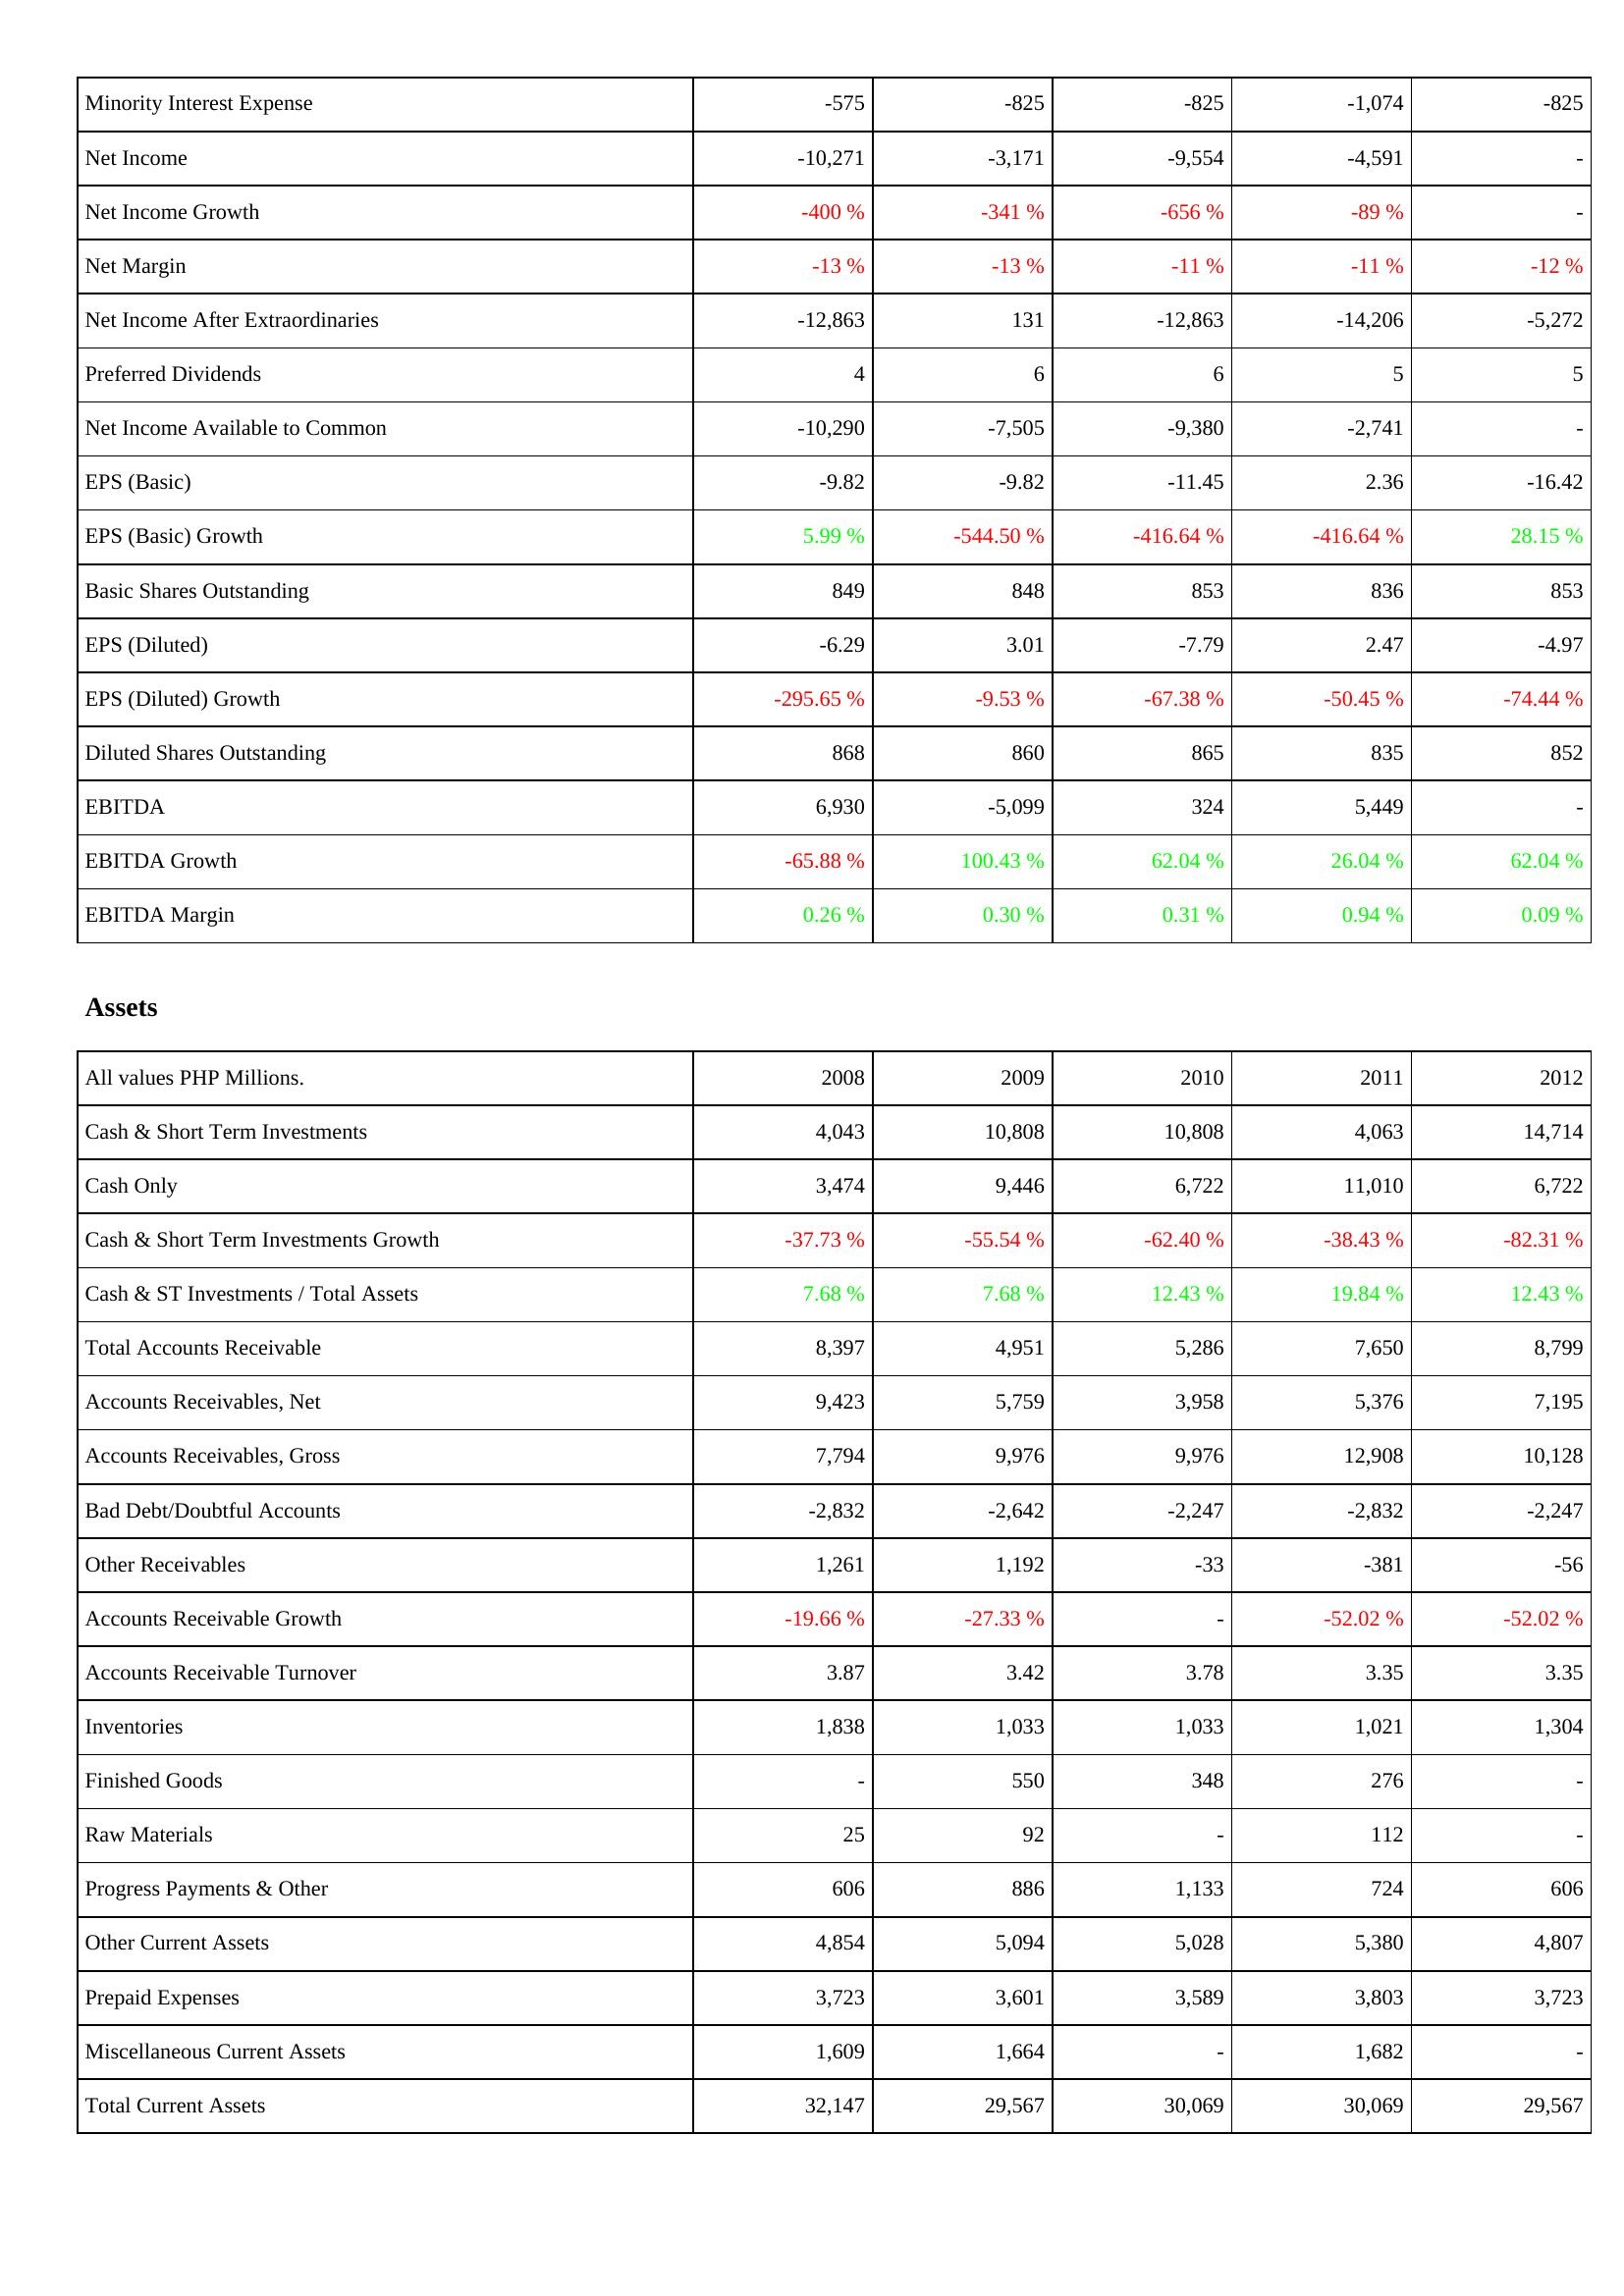
2008: Income Statement: Minority Interest Expense: -575
Net Income: -10,271
Net Income Growth: -400 %
Net Margin: -13 %
Net Income After Extraordinaries: -12,863
Preferred Dividends: 4
Net Income Available to Common: -10,290
EPS (Basic): -9.82
EPS (Basic) Growth: 5.99 %
Basic Shares Outstanding: 849
EPS (Diluted): -6.29
EPS (Diluted) Growth: -295.65 %
Diluted Shares Outstanding: 868
EBITDA: 6,930
EBITDA Growth: -65.88 %
EBITDA Margin: 0.26 %
Assets: Cash & Short Term Investments: 4,043
Cash Only: 3,474
Cash & Short Term Investments Growth: -37.73 %
Cash & ST Investments / Total Assets: 7.68 %
Total Accounts Receivable: 8,397
Accounts Receivables, Net: 9,423
Accounts Receivables, Gross: 7,794
Bad Debt/Doubtful Accounts: -2,832
Other Receivables: 1,261
Accounts Receivable Growth: -19.66 %
Accounts Receivable Turnover: 3.87
Inventories: 1,838
Finished Goods: -
Raw Materials: 25
Progress Payments & Other: 606
Other Current Assets: 4,854
Prepaid Expenses: 3,723
Miscellaneous Current Assets: 1,609
Total Current Assets: 32,147
2009: Income Statement: Minority Interest Expense: -825
Net Income: -3,171
Net Income Growth: -341 %
Net Margin: -13 %
Net Income After Extraordinaries: 131
Preferred Dividends: 6
Net Income Available to Common: -7,505
EPS (Basic): -9.82
EPS (Basic) Growth: -544.50 %
Basic Shares Outstanding: 848
EPS (Diluted): 3.01
EPS (Diluted) Growth: -9.53 %
Diluted Shares Outstanding: 860
EBITDA: -5,099
EBITDA Growth: 100.43 %
EBITDA Margin: 0.30 %
Assets: Cash & Short Term Investments: 10,808
Cash Only: 9,446
Cash & Short Term Investments Growth: -55.54 %
Cash & ST Investments / Total Assets: 7.68 %
Total Accounts Receivable: 4,951
Accounts Receivables, Net: 5,759
Accounts Receivables, Gross: 9,976
Bad Debt/Doubtful Accounts: -2,642
Other Receivables: 1,192
Accounts Receivable Growth: -27.33 %
Accounts Receivable Turnover: 3.42
Inventories: 1,033
Finished Goods: 550
Raw Materials: 92
Progress Payments & Other: 886
Other Current Assets: 5,094
Prepaid Expenses: 3,601
Miscellaneous Current Assets: 1,664
Total Current Assets: 29,567
2010: Income Statement: Minority Interest Expense: -825
Net Income: -9,554
Net Income Growth: -656 %
Net Margin: -11 %
Net Income After Extraordinaries: -12,863
Preferred Dividends: 6
Net Income Available to Common: -9,380
EPS (Basic): -11.45
EPS (Basic) Growth: -416.64 %
Basic Shares Outstanding: 853
EPS (Diluted): -7.79
EPS (Diluted) Growth: -67.38 %
Diluted Shares Outstanding: 865
EBITDA: 324
EBITDA Growth: 62.04 %
EBITDA Margin: 0.31 %
Assets: Cash & Short Term Investments: 10,808
Cash Only: 6,722
Cash & Short Term Investments Growth: -62.40 %
Cash & ST Investments / Total Assets: 12.43 %
Total Accounts Receivable: 5,286
Accounts Receivables, Net: 3,958
Accounts Receivables, Gross: 9,976
Bad Debt/Doubtful Accounts: -2,247
Other Receivables: -33
Accounts Receivable Growth: -
Accounts Receivable Turnover: 3.78
Inventories: 1,033
Finished Goods: 348
Raw Materials: -
Progress Payments & Other: 1,133
Other Current Assets: 5,028
Prepaid Expenses: 3,589
Miscellaneous Current Assets: -
Total Current Assets: 30,069
2011: Income Statement: Minority Interest Expense: -1,074
Net Income: -4,591
Net Income Growth: -89 %
Net Margin: -11 %
Net Income After Extraordinaries: -14,206
Preferred Dividends: 5
Net Income Available to Common: -2,741
EPS (Basic): 2.36
EPS (Basic) Growth: -416.64 %
Basic Shares Outstanding: 836
EPS (Diluted): 2.47
EPS (Diluted) Growth: -50.45 %
Diluted Shares Outstanding: 835
EBITDA: 5,449
EBITDA Growth: 26.04 %
EBITDA Margin: 0.94 %
Assets: Cash & Short Term Investments: 4,063
Cash Only: 11,010
Cash & Short Term Investments Growth: -38.43 %
Cash & ST Investments / Total Assets: 19.84 %
Total Accounts Receivable: 7,650
Accounts Receivables, Net: 5,376
Accounts Receivables, Gross: 12,908
Bad Debt/Doubtful Accounts: -2,832
Other Receivables: -381
Accounts Receivable Growth: -52.02 %
Accounts Receivable Turnover: 3.35
Inventories: 1,021
Finished Goods: 276
Raw Materials: 112
Progress Payments & Other: 724
Other Current Assets: 5,380
Prepaid Expenses: 3,803
Miscellaneous Current Assets: 1,682
Total Current Assets: 30,069
2012: Income Statement: Minority Interest Expense: -825
Net Income: -
Net Income Growth: -
Net Margin: -12 %
Net Income After Extraordinaries: -5,272
Preferred Dividends: 5
Net Income Available to Common: -
EPS (Basic): -16.42
EPS (Basic) Growth: 28.15 %
Basic Shares Outstanding: 853
EPS (Diluted): -4.97
EPS (Diluted) Growth: -74.44 %
Diluted Shares Outstanding: 852
EBITDA: -
EBITDA Growth: 62.04 %
EBITDA Margin: 0.09 %
Assets: Cash & Short Term Investments: 14,714
Cash Only: 6,722
Cash & Short Term Investments Growth: -82.31 %
Cash & ST Investments / Total Assets: 12.43 %
Total Accounts Receivable: 8,799
Accounts Receivables, Net: 7,195
Accounts Receivables, Gross: 10,128
Bad Debt/Doubtful Accounts: -2,247
Other Receivables: -56
Accounts Receivable Growth: -52.02 %
Accounts Receivable Turnover: 3.35
Inventories: 1,304
Finished Goods: -
Raw Materials: -
Progress Payments & Other: 606
Other Current Assets: 4,807
Prepaid Expenses: 3,723
Miscellaneous Current Assets: -
Total Current Assets: 29,567